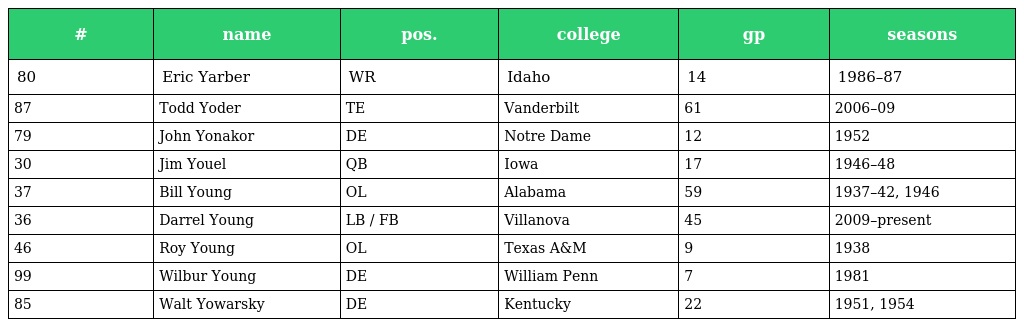
| # | name | pos. | college | gp | seasons |
 | --- | --- | --- | --- | --- | --- |
 | 80 | Eric Yarber | WR | Idaho | 14 | 1986–87 |
 | 87 | Todd Yoder | TE | Vanderbilt | 61 | 2006–09 |
 | 79 | John Yonakor | DE | Notre Dame | 12 | 1952 |
 | 30 | Jim Youel | QB | Iowa | 17 | 1946–48 |
 | 37 | Bill Young | OL | Alabama | 59 | 1937–42, 1946 |
 | 36 | Darrel Young | LB / FB | Villanova | 45 | 2009–present |
 | 46 | Roy Young | OL | Texas A&M | 9 | 1938 |
 | 99 | Wilbur Young | DE | William Penn | 7 | 1981 |
 | 85 | Walt Yowarsky | DE | Kentucky | 22 | 1951, 1954 |